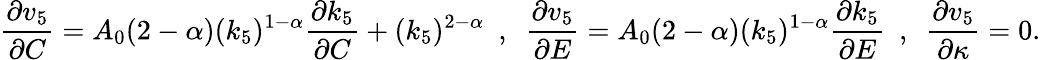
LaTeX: \frac{\partial v_{5}}{\partial C}=A_{0}(2-\alpha)(k_{5})^{1-\alpha}\frac{\partial k_{5}}{\partial C}+(k_{5})^{2-\alpha}~~,~~\frac{\partial v_{5}}{\partial E}=A_{0}(2-\alpha)(k_{5})^{1-\alpha}\frac{\partial k_{5}}{\partial E}~~,~~\frac{\partial v_{5}}{\partial\kappa}=0.